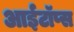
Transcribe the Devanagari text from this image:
आईटॉप्स